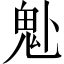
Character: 𩱻